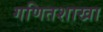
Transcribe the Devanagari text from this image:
गणितशाखा